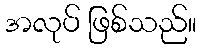
အလုပ် ဖြစ်သည်။